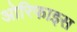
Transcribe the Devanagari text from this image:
ओरिफाइस